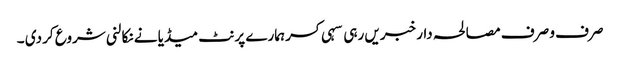
صرف و صرف مصالحہ دار خبریں رہی سہی کسر ہمارے پرنٹ میڈیا نے نکالنی شروع کر دی ۔